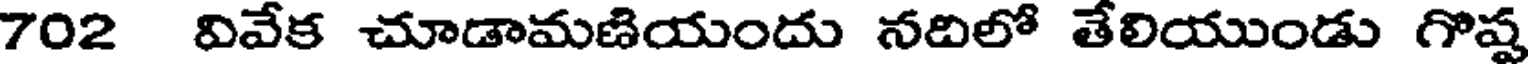
702 వివేక చూడామణియందు నదిలో తేలియుండు గొష్ష